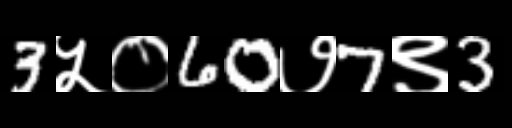
Text: 3५०60७7९3